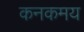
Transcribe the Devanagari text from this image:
कनकमय